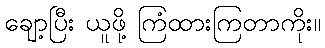
ချော့ပြီး ယူဖို့ ကြံထားကြတာကိုး။